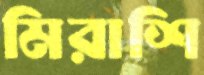
মিরাশি